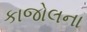
કાજોલના